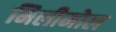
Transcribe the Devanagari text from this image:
मिलीमोल